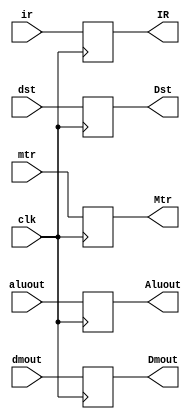
`timescale 1ns / 1ps


module RegMA(
    input clk,
    input [31:0]aluout,
    input [31:0]dmout,
    input [31:0]ir,
    input dst,mtr,
    output [31:0]Aluout,
    output [31:0]Dmout,
    output [31:0]IR,
    output Dst,Mtr
    );
    reg [31:0]a;
    reg [31:0]b;
    reg [31:0]c;
    reg d,e;
    always@(posedge clk)begin
        a<=aluout;
        b<=dmout;
        c<=ir;
        d<=dst;
        e<=mtr;
    end
    assign Dst=d;
    assign Mtr=e;
    assign Aluout=a;
    assign Dmout=b;
    assign IR=c;
endmodule